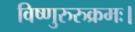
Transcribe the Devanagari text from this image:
विष्णुरुरुक्रमः।